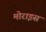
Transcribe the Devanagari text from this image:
मोराइस